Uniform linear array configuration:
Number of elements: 8
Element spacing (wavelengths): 0.5
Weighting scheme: cosine
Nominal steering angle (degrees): -15
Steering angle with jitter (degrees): -14.34
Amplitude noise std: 0.05
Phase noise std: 0.05

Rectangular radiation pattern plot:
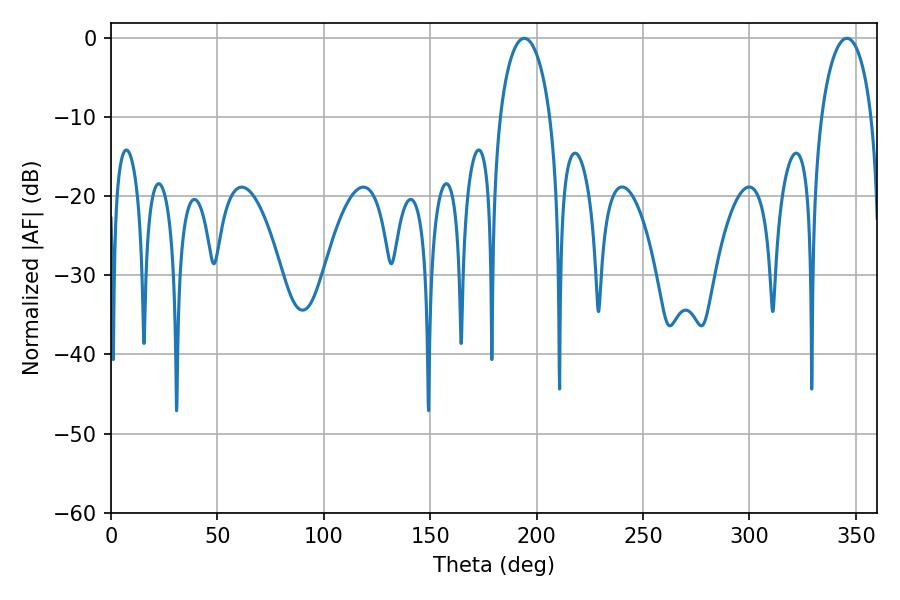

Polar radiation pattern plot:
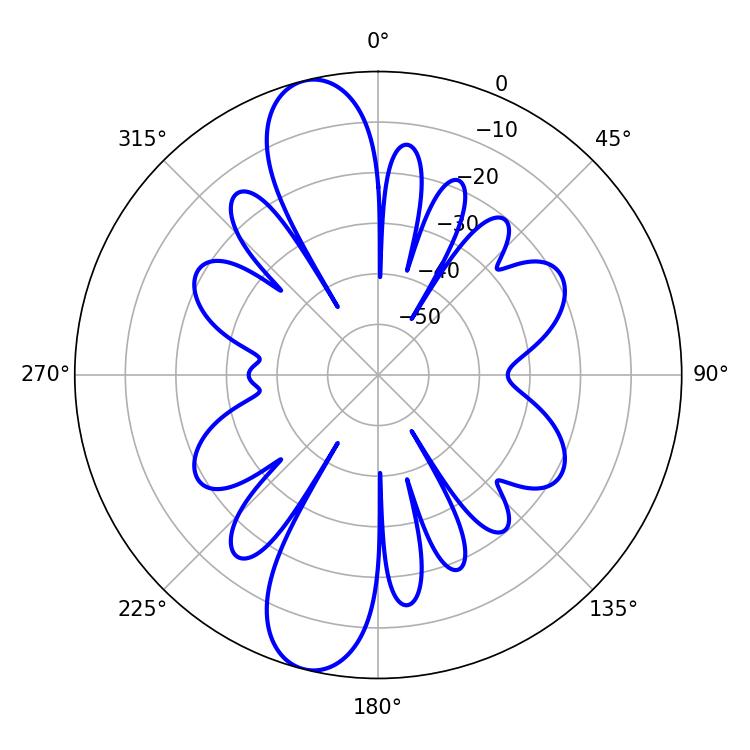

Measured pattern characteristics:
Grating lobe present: FALSE
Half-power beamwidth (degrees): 13.5
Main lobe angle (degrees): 194.22